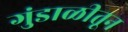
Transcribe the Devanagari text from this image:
गुंडाळीतून